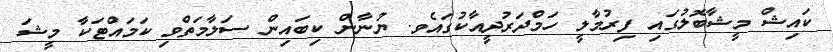
ކައިޝް މީޝާބޮލުގައި ފިރުމާލީ ހަމްދަރުދީއާކުގައެވ. ޔުނާން ކިބައިން ސަލާމަތްވި ކަމައްޓަކާ މީޝަ